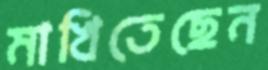
মাখিতেছেন